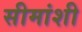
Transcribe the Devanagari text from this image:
सीमांशी